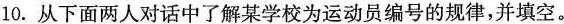
10. 从下面两人对话中了解某学校为运动员编号的规律，并填空。